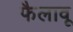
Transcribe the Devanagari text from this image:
फैलावू